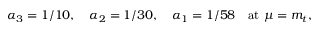
\alpha _ { 3 } = 1 / 1 0 , \quad \alpha _ { 2 } = 1 / 3 0 , \quad \alpha _ { 1 } = 1 / 5 8 \quad \mathrm { a t } \ \mu = m _ { t } ,